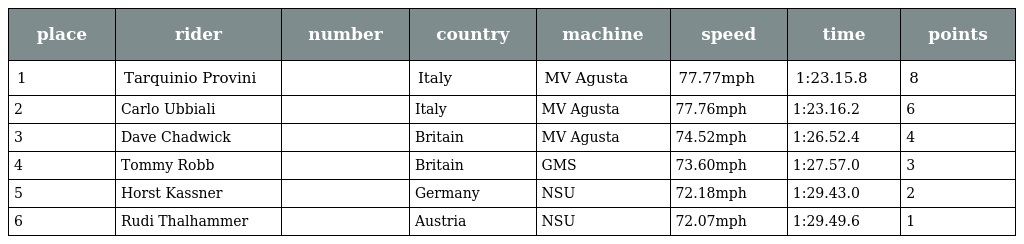
| place | rider | number | country | machine | speed | time | points |
 | --- | --- | --- | --- | --- | --- | --- | --- |
 | 1 | Tarquinio Provini |  | Italy | MV Agusta | 77.77mph | 1:23.15.8 | 8 |
 | 2 | Carlo Ubbiali |  | Italy | MV Agusta | 77.76mph | 1:23.16.2 | 6 |
 | 3 | Dave Chadwick |  | Britain | MV Agusta | 74.52mph | 1:26.52.4 | 4 |
 | 4 | Tommy Robb |  | Britain | GMS | 73.60mph | 1:27.57.0 | 3 |
 | 5 | Horst Kassner |  | Germany | NSU | 72.18mph | 1:29.43.0 | 2 |
 | 6 | Rudi Thalhammer |  | Austria | NSU | 72.07mph | 1:29.49.6 | 1 |